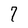
Character: 7